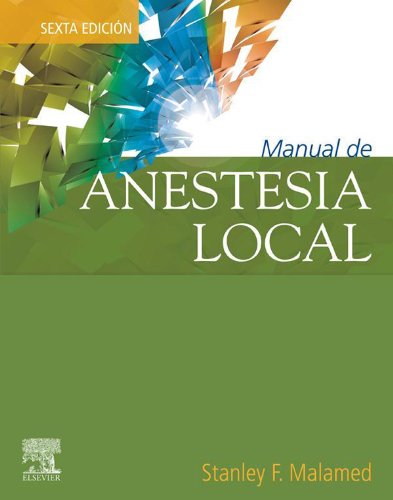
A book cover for Manual de anestesia local: -- (Spanish Edition); Stanley F. Malamed; Medical Books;